Scottish Leaving Certificate Examination, 1952
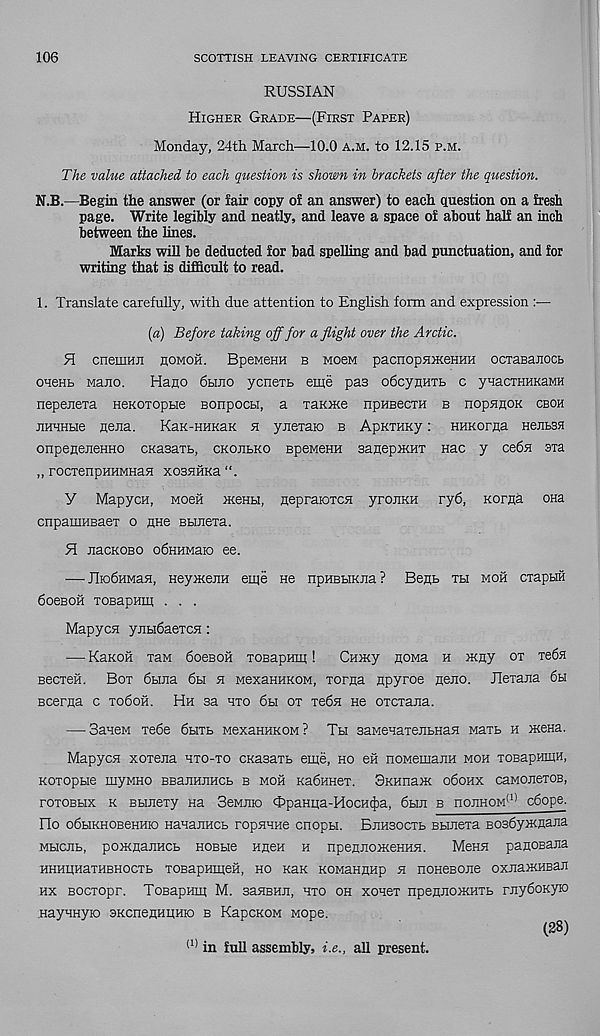
106
SCOTTISH LEAVING CERTIFICATE
RUSSIAN
Higher Grade—(First Paper)
Monday, 24th March—10.0 A.m. to 12.15 p.m.
The value attached to each question is shown in hrackets after the question.
N.B.—Begin the answer (or lair copy of an answer) to each question on a fresh
page. Write legibly and neatly, and leave a space of about half an inch
between the lines.
Marks will be deducted for bad spelling and bad punctuation, and for
writing that is difficult to read.
1. Translate carefully, with due attention to English form and expression :—
(a) Before taking off for a flight over the Arctic.
H cnemHJi noMOH. BpeMeHH b mocm pacnopsiJKeHHH octaBaiiocb
ohchb Mano.
Hano 6hjio ycnerb eme pas odcynHTb c ysacTHHKaMH
nepenexa HeKoropbie Bonpocu, a xaiOKe npHsecxH b nopnnoK cboh
jiHHHtie nena.
KaK-HHKaK h yneiaio b ApKTHKy: HHKorna nenbSH
onpeneneHHO cKasaxB, ckojilko BpeMeHH sanepiKHT nac y ceda sxa
„ rocxenpHHMHaH xostfHKa".
Y MapycH, Moeii menH, nepraioTCH yrouKH ry6, Korna ona
cnpaiHHBaex o nne Bbinexa.
H nacKOBO odHHMaio ee.
— JIiodHMaH, HeymenH eiye He npHBbiKiia? Bent th moh cxapbiH
doeBoii xoBapHm . . .
Mapyca ynbidaexcH:
— KaKoii xaM does oil TOBapHm!
Cnmy nona h mny ox xeda
Becxeii. Box dtuia dbi h MexaHHKOM, xorna npyroe neno. Jlexajia da
Bceraa c xodofl. Hh sa axo dbi ox xedn He oxcxana.
— SaneM xede dbixb MexaHHKOM? Tbi saMeuaxenbHaH Maxb h xieHa.
Mapyca xoxena hxo-xo cKasaxb eme, ho eii noMemanH moh xoBapmnH,
Koxopue myMHO BBanujiHCb b moh Kadmiex. BKHnanc odonx caMOnexos,
roxoBbix k BHiiexy Ha SeMino ^paHiia-HocH^a, dbui b nojiHOM (1) cdope.
Flo oduKHOBeHHio HanajiHCb ropHHHe cnopbi. Bjihsocxb Bbinexa BOsdyjKnana
MHciib, pomnaiiHCb HOBbie Hnen h npeniioiKeHHH.
Menn panoBana
HHHHHaXHBHOCXb XOBapHmeH, HO KHK KOMaHRHp H HOHeBOIie OXJiaiKHBaE
hx Bocxopr. TosapHm M. saHBHii, hxo oh xonex npennojKHXb rnydoKyio
.HayiHyio 3KcnenHiiHio b KapcKOM Mope.
(1) in full assembly, i.e., all present.